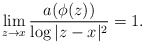
\begin{align*} \lim_{z\to x} \frac{a(\phi(z))}{\log|z-x|^2} =1.\end{align*}